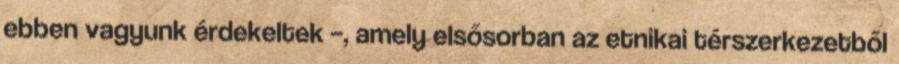
ebben vagyunk érdekeltek –, amely elsősorban az etnikai térszerkezetből